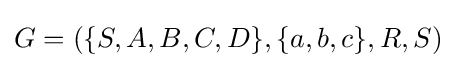
G=(\{S,A,B,C,D\},\{a,b,c\},R,S)